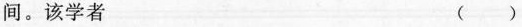
间。该学者 ()